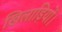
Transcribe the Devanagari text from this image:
खिलाड़ियों।